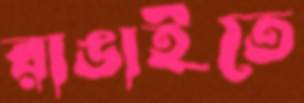
রাঙাইতে